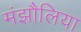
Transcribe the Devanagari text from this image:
मंझौलिया